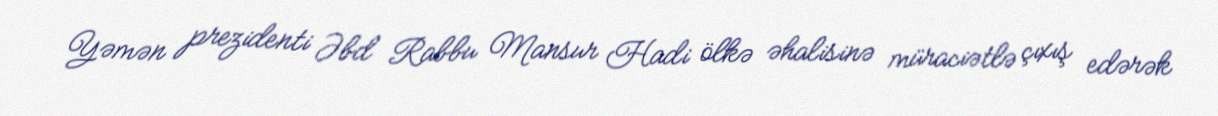
Yəmən prezidenti Əbd Rabbu Mansur Hadi ölkə əhalisinə müraciətlə çıxış edərək